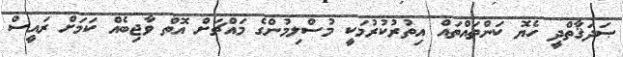
ޞަދަޤާތްދީ ހެޔޮ ކަންތައްތައް އިތުރުކުރުމަކީ މުސްލިމުންގެ މައްޗަށް އޮތް ވާޖިބެއް ކަމަށް ރައީސް